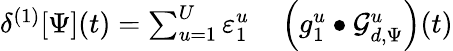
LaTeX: \begin{array}{rl}{\delta^{(1)}[\Psi](t)=\sum_{u=1}^{U}\varepsilon_{1}^{u}}&{{}\left(g_{1}^{u}\bullet\mathcal{G}_{d,\Psi}^{u}\right)(t)}\end{array}